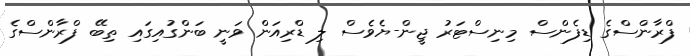
ފްރާންސްގެ ޑިފެންސް މިނިސްޓަރު ޖީން-ޔެވެސް ލި ޑްރިއަން ވަނީ ބަންގުއިގައި ތިބޭ ފްރާންސްގެ